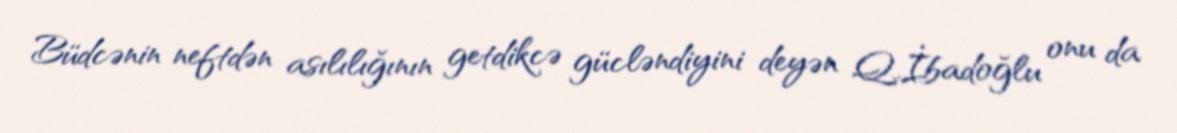
Büdcənin neftdən asılılığının getdikcə gücləndiyini deyən Q.İbadoğlu onu da